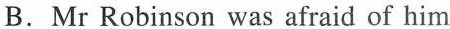
B.Mr Robinson was afraid of him